Indian journal of veterinary science and animal husbandry - Volume 1,
Year: 1931
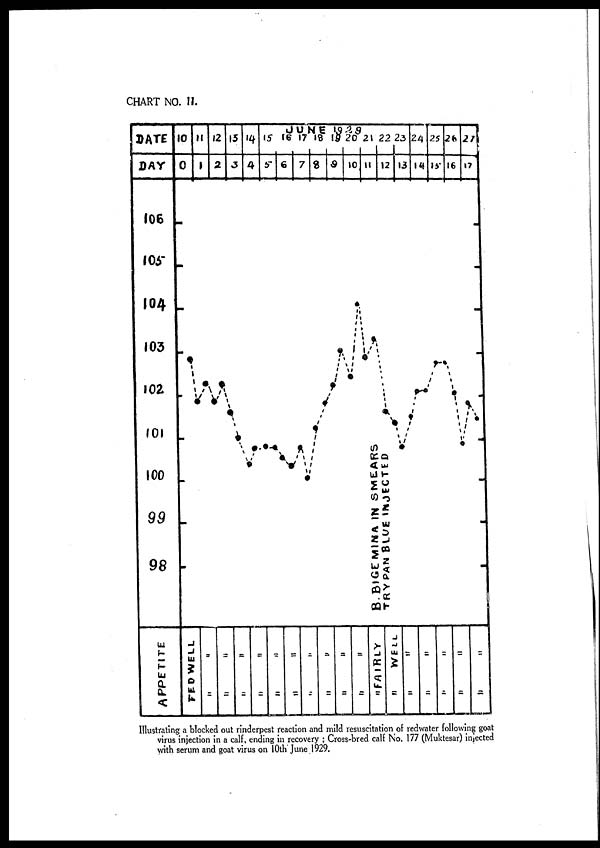
Illustrating a blocked out rinderpest reaction and mild resuscitation of redwater following goat
virus injection in a calf, ending in recovery ; Cross-bred calf No. 177 (Muktesar) injected
with serum and goat virus on 10th June 1929.